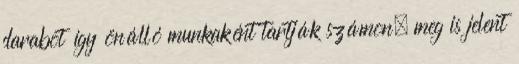
darabot így önálló munkaként tartják számon, meg is jelent